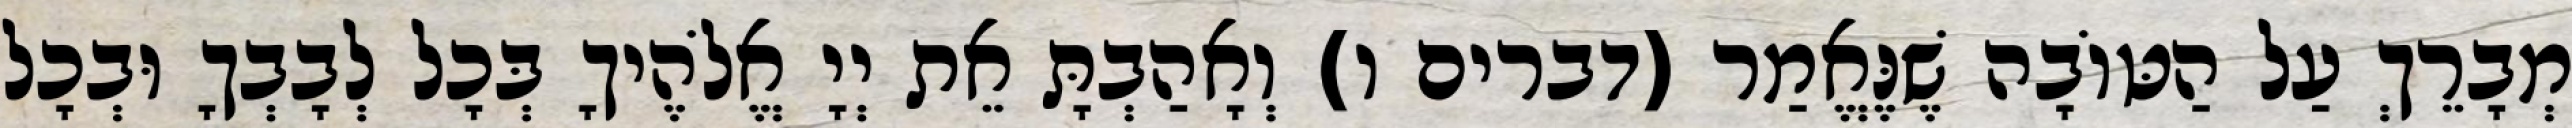
מְבָרֵךְ עַל הַטּוֹבָה שֶׁנֶּאֱמַר (דברים ו) וְאָהַבְתָּ אֵת יְיָ אֱלֹהֶיךָ בְּכָל לְבָבְךָ וּבְכָל